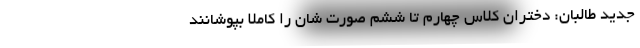
جدید طالبان: دختران کلاس چهارم تا ششم صورت شان را کاملاً بپوشانند